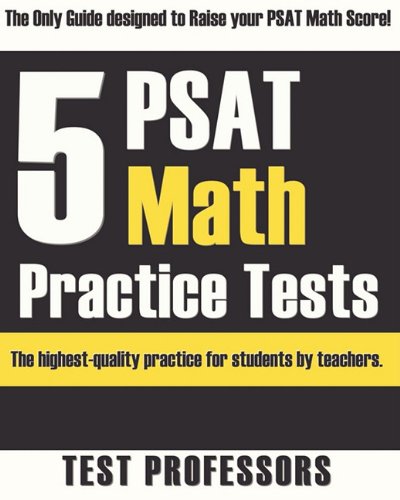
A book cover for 5 PSAT Math Practice Tests; Paul G. IV Simpson; Test Preparation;